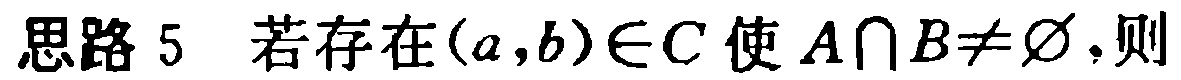
思路 5 若存在\((a,b)\in C\)使\(A\cap B\neq\varnothing\)，则